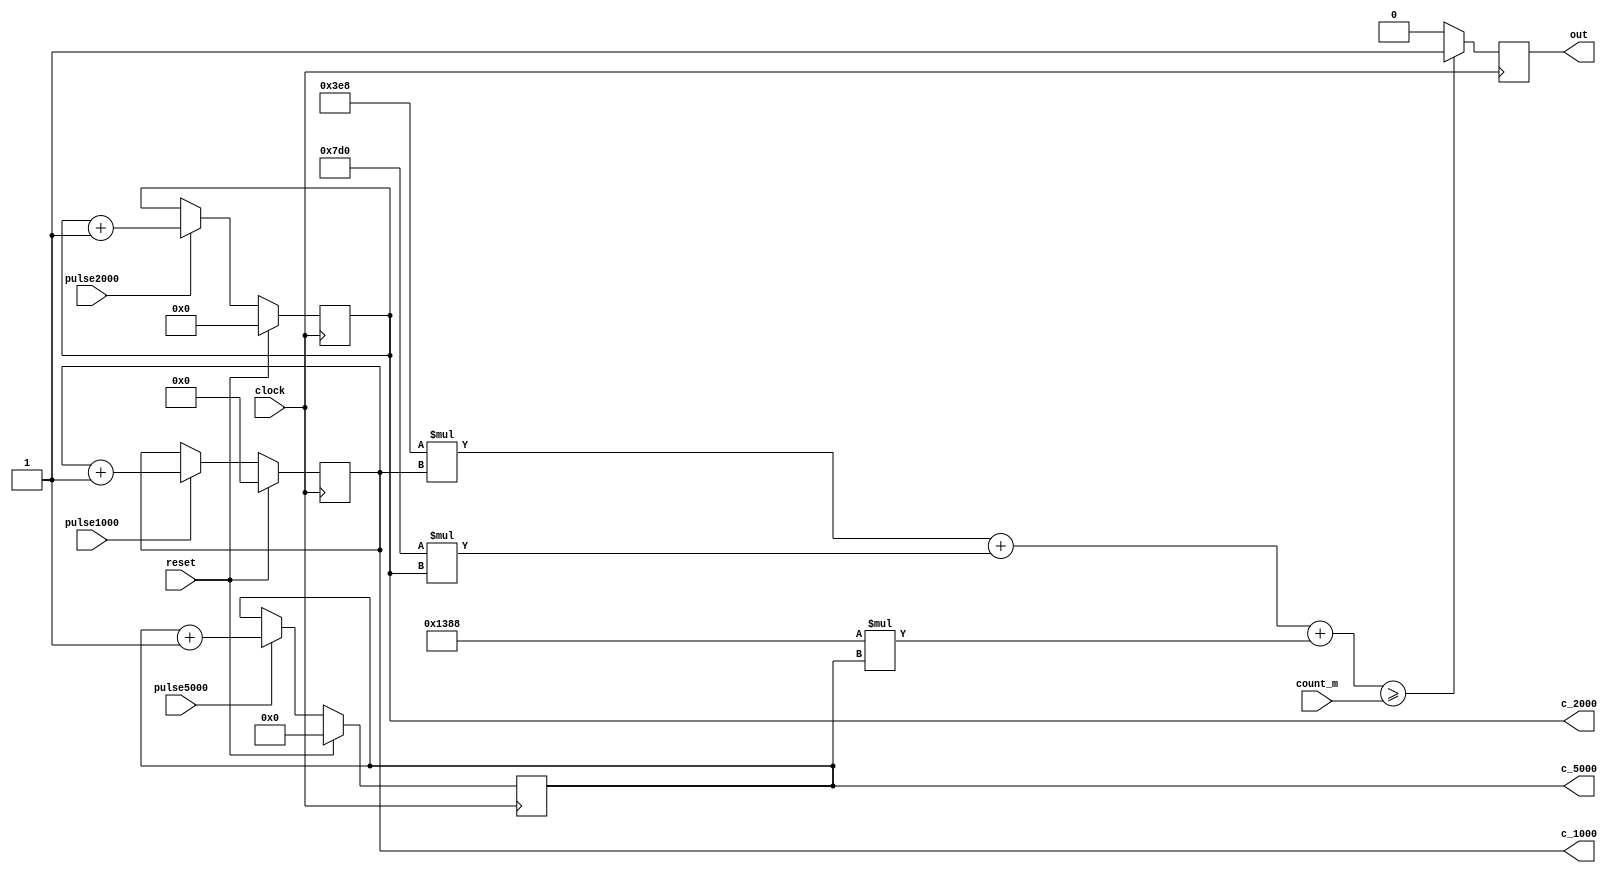
`timescale 1ns / 1ps
//////////////////////////////////////////////////////////////////////////////////
// Company: 
// Engineer: 
// 
// Design Name: 
// Module Name:    Q2 
// Project Name: 
// Target Devices: 
// Tool versions: 
// Description: 
//
// Dependencies: 
//
// Revision: 
// Revision 0.01 - File Created
// Additional Comments: 
//
//////////////////////////////////////////////////////////////////////////////////
module Q2(
    input [18:0] count_m,
    input pulse1000,
    input pulse2000,
    input pulse5000,
    input clock,
    input reset,
    output reg out,
    output reg [8:0] c_1000,
    output reg [7:0] c_2000,
    output reg [6:0] c_5000
    );
	 
always @(posedge clock)begin
if (reset) begin
c_1000 <= 9'b0;
c_2000 <= 8'b0;
c_5000 <= 7'b0;
out <= 0;
end
else
begin
if(pulse1000 == 1)
c_1000<=c_1000+1;

if(pulse2000 == 1)
c_2000<=c_2000+1;

if(pulse5000 == 1)
c_5000<=c_5000+1;

end

//count_all=(1000*c_1000)+(2000*c_2000)+(5000*c_5000);

if(((1000*c_1000)+(2000*c_2000))+ (5000*c_5000) >= count_m)
begin
out <= 1;
end

else begin
out <= 0;
end

end


endmodule